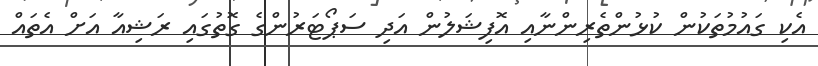
އެކި ގައުމުތަކުން ކުޅުންތެރިންނާއި އޮފިޝަލުން އަދި ސަޕޯޓަރުންގެ ގޮތުގައި ރަޝިއާ އަށް އެތައް